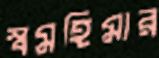
স্বমহিমার